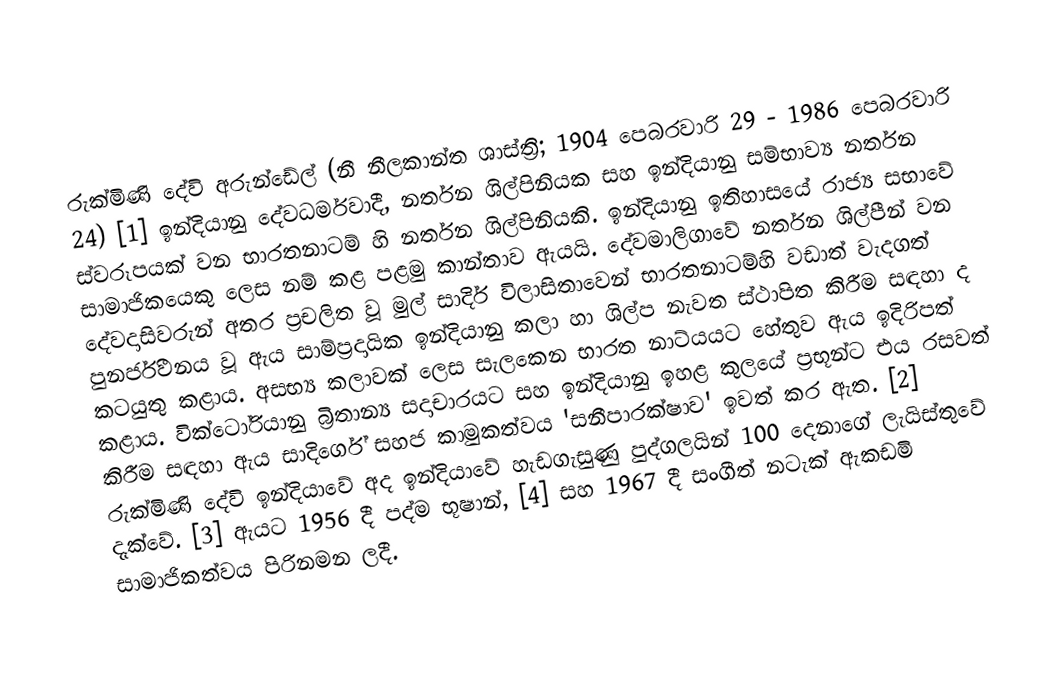

රුක්මිණි දේවි අරුන්ඩේල් (නී නීලකාන්ත ශාස්ත්‍රි; 1904 පෙබරවාරි 29 - 1986 පෙබරවාරි 24) [1] ඉන්දියානු දේවධර්මවාදී, නර්තන ශිල්පිනියක සහ ඉන්දියානු සම්භාව්‍ය නර්තන ස්වරූපයක් වන භාරතනාටම් හි නර්තන ශිල්පිනියකි.  ඉන්දියානු ඉතිහාසයේ රාජ්‍ය සභාවේ සාමාජිකයෙකු ලෙස නම් කළ පළමු කාන්තාව ඇයයි. දේවමාලිගාවේ නර්තන ශිල්පීන් වන දේවදාසිවරුන් අතර ප්‍රචලිත වූ මුල් සාදිර් විලාසිතාවෙන් භාරතනාටම්හි වඩාත් වැදගත් පුනර්ජීවනය වූ ඇය සාම්ප්‍රදායික ඉන්දියානු කලා හා ශිල්ප නැවත ස්ථාපිත කිරීම සඳහා ද කටයුතු කළාය.  අසභ්‍ය කලාවක් ලෙස සැලකෙන භාරත නාට්යයට හේතුව ඇය ඉදිරිපත් කළාය. වික්ටෝරියානු බ්‍රිතාන්‍ය සදාචාරයට සහ ඉන්දියානු ඉහළ කුලයේ ප්‍රභූන්ට එය රසවත් කිරීම සඳහා ඇය සාදිර්ගේ සහජ කාමුකත්වය 'සනීපාරක්ෂාව' ඉවත් කර ඇත. [2]  රුක්මිණි දේවි ඉන්දියාවේ අද ඉන්දියාවේ හැඩගැසුණු පුද්ගලයින් 100 දෙනාගේ ලැයිස්තුවේ දැක්වේ. [3] ඇයට 1956 දී පද්ම භූෂාන්, [4] සහ 1967 දී සංගීත් නටැක් ඇකඩමි සාමාජිකත්වය පිරිනමන ලදී.